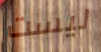
ليست